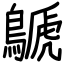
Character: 鷈